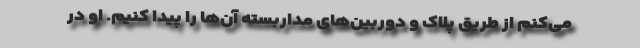
می‌کنم از طریق پلاک و دوربین‌های مداربسته آن‌ها را پیدا کنیم. او در